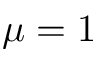
\mu = 1